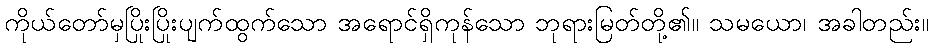
ကိုယ်တော်မှပြိုးပြိုးပျက်ထွက်သော အရောင်ရှိကုန်သော ဘုရားမြတ်တို့၏။ သမယော၊ အခါတည်း။